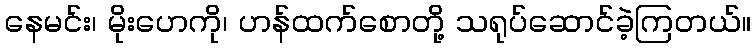
နေမင်း၊ မိုးဟေကို၊ ဟန်ထက်စောတို့ သရုပ်ဆောင်ခဲ့ကြတယ်။